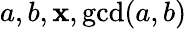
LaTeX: a,b,\mathbf{x},\operatorname*{gcd}(a,b)